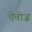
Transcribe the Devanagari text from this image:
ऐवीज़